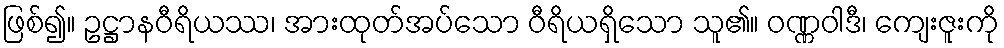
ဖြစ်၍။ ဥဋ္ဌာနဝီရိယဿ၊ အားထုတ်အပ်သော ဝီရိယရှိသော သူ၏။ ဝဏ္ဏဝါဒီ၊ ကျေးဇူးကို